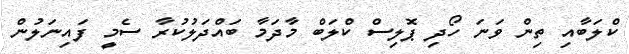
ކްލަބާއި ތިން ވަނަ ހޯދި ޕޮލިސް ކްލަބް މާދަމާ ބައްދަލުކުރާ ސެމީ ފައިނަލުން